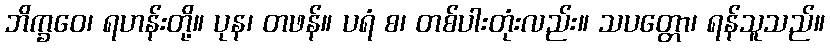
ဘိက္ခဝေ၊ ရဟန်းတို့။ ပုန၊ တဖန်။ ပရံ စ၊ တစ်ပါးတုံးလည်း။ သပတ္တော၊ ရန်သူသည်။